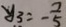
y _ { 3 } = - \frac { 7 } { 5 }